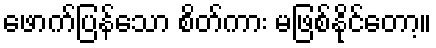
ဖောက်ပြန်သော စိတ်ကား မဖြစ်နိုင်တော့။